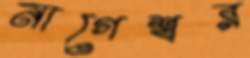
নাগেশ্বর